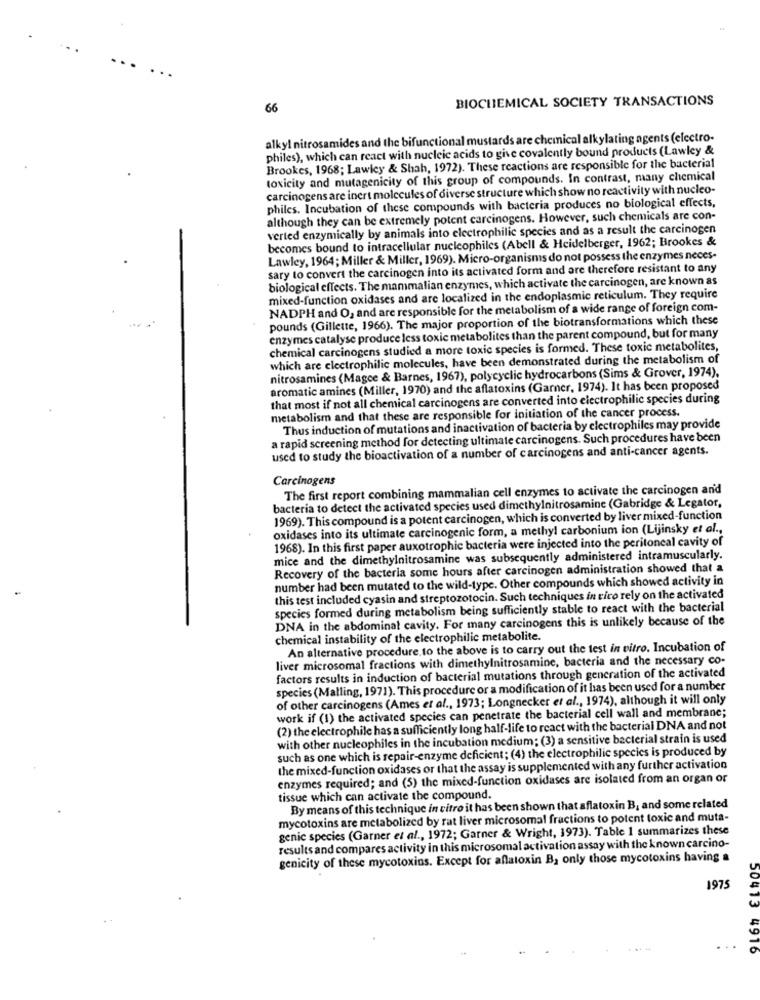
BIOCHEMICAL SOCIETY TRANSACTIONS
66
alkyl nitrosamides and the bifunctional mustards are chemical alkylating agents (electro-
philes), which can react with nucleic acids to give covalently bound products (Lawley &
Brookes, 1968; Lawley & Shah, 1972). These reactions are responsible for the bacterial
toxicity and mutagenicity of this group of compounds. In contrast, many chemical
carcinogens are inert molecules of diverse structure which show no reactivity with nucleo-
philes. Incubation of these compounds with bacteria produces no biological effects,
although they can be extremely potent carcinogens. However, such chemicals are con-
verted enzymically by animals into electrophilic species and as a result the carcinogen
becomes bound to intracellular nucleophiles (Abell & Heidelberger, 1962; Brookes &
Lawley, 1964; Miller & Miller, 1969). Micro-organisms do not possess the enzymes neces-
sary to convert the carcinogen into its activated form and are therefore resistant to any
biological effects. The mammalian enzymes, which activate the carcinogen, are known as
mixed-function oxidases and are localized in the endoplasmic reticulum. They require
NADPH and O, and are responsible for the metabolism of a wide range of foreign com-
pounds (Gillette, 1966). The major proportion of the biotransformations which these
enzymes catalyse produce less toxic metabolites than the parent compound, but for many
chemical carcinogens studied a more toxic species is formed. These toxic metabolites,
which are electrophilic molecules, have been demonstrated during the metabolism of
nitrosamines (Magce & Barnes, 1967), polycyclic hydrocarbons (Sims & Grover, 1974).
aromatic amines (Miller, 1970) and the aflatoxins (Garner, 1974). It has been proposed
that most if not all chemical carcinogens are converted into electrophilic species during
metabolism and that these are responsible for initiation of the cancer process.
Thus induction of mutations and inactivation of bacteria by electrophiles may provide
a rapid screening method for detecting ultimate carcinogens. Such procedures have been
used to study the bioactivation of a number of carcinogens and anti-cancer agents.
Carcinogens
The first report combining mammalian cell enzymes to activate the carcinogen and
bacteria to detect the activated species used dimethylnitrosamine (Gabridge & Legator,
1969). This compound is a potent carcinogen, which is converted by liver mixed-function
oxidases into its ultimate carcinogenic form, a methyl carbonium ion (Lijinsky et al .,
1968). In this first paper auxotrophic bacteria were injected into the peritoneal cavity of
mice and the dimethylnitrosamine was subsequently administered intramuscularly.
Recovery of the bacteria some hours after carcinogen administration showed that a
number had been mutated to the wild-type. Other compounds which showed activity in
this test included cyasin and streptozotocin. Such techniques in tico rely on the activated
species formed during metabolism being sufficiently stable to react with the bacterial
DNA in the abdominal cavity. For many carcinogens this is unlikely because of the
chemical instability of the electrophilic metabolite.
An alternative procedure, to the above is to carry out the test in vitro. Incubation of
liver microsomal fractions with dimethylnitrosamine, bacteria and the necessary co-
factors results in induction of bacterial mutations through generation of the activated
species (Malling, 1971). This procedure or a modification of it has been used for a number
of other carcinogens (Ames et al ., 1973; Longnecker et al ., 1974), although it will only
work if (1) the activated species can penetrate the bacterial cell wall and membrane;
(2) the electrophile has a sufficiently long half-life to react with the bacterial DNA and not
with other nucleophiles in the incubation medium; (3) a sensitive bacterial strain is used
such as one which is repair-enzyme deficient; (4) the electrophilic species is produced by
the mixed-function oxidases or that the assay is supplemented with any further activation
enzymes required; and (5) the mixed-function oxidases are isolated from an organ or
tissue which can activate the compound.
By means of this technique in vitro it has been shown that aflatoxin B, and some related
mycotoxins are metabolized by rat liver microsomal fractions to potent toxic and muta-
genic species (Garner et al ., 1972; Garner & Wright, 1973). Table 1 summarizes these
results and compares activity in this microsomal activation assay with the known carcino-
genicity of these mycotoxins. Except for aflatoxin B, only those mycotoxins having a
1975
50413 4916